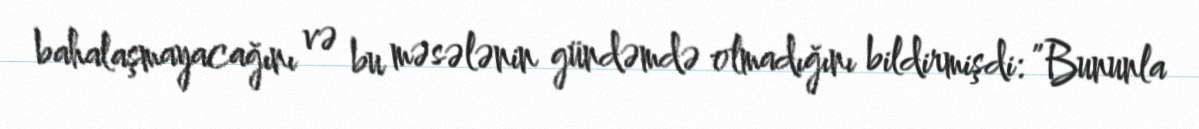
bahalaşmayacağını və bu məsələnin gündəmdə olmadığını bildirmişdi: ”Bununla